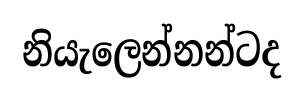
නියැලෙන්නන්ටද